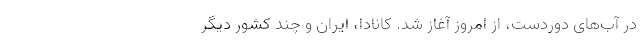
در آب‌های دوردست، از امروز آغاز شد. کانادا، ایران و چند کشور دیگر